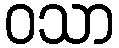
ဝသာ